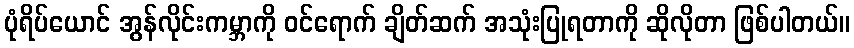
ပုံရိပ်ယောင် အွန်လိုင်းကမ္ဘာကို ဝင်ရောက် ချိတ်ဆက် အသုံးပြုရတာကို ဆိုလိုတာ ဖြစ်ပါတယ်။